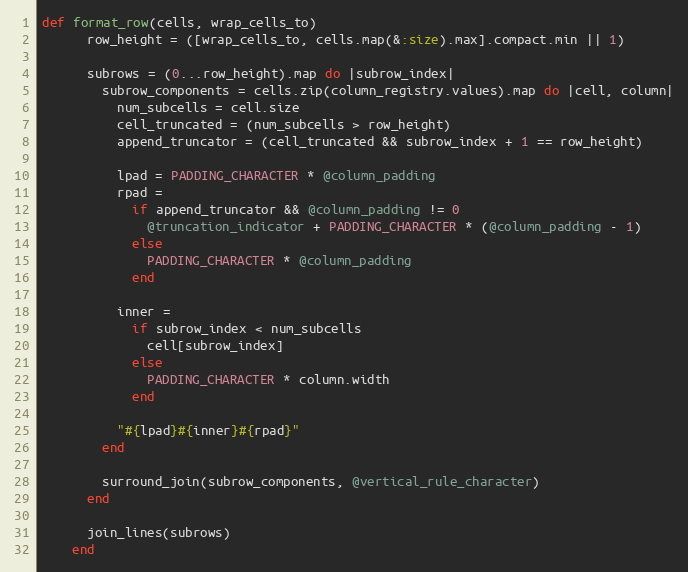
Language: Ruby
def format_row(cells, wrap_cells_to)
      row_height = ([wrap_cells_to, cells.map(&:size).max].compact.min || 1)

      subrows = (0...row_height).map do |subrow_index|
        subrow_components = cells.zip(column_registry.values).map do |cell, column|
          num_subcells = cell.size
          cell_truncated = (num_subcells > row_height)
          append_truncator = (cell_truncated && subrow_index + 1 == row_height)

          lpad = PADDING_CHARACTER * @column_padding
          rpad =
            if append_truncator && @column_padding != 0
              @truncation_indicator + PADDING_CHARACTER * (@column_padding - 1)
            else
              PADDING_CHARACTER * @column_padding
            end

          inner =
            if subrow_index < num_subcells
              cell[subrow_index]
            else
              PADDING_CHARACTER * column.width
            end

          "#{lpad}#{inner}#{rpad}"
        end

        surround_join(subrow_components, @vertical_rule_character)
      end

      join_lines(subrows)
    end